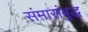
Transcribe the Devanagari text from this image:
संमासंबुद्ध